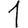
Digit: 1